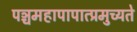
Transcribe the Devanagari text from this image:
पञ्चमहापापात्प्रमुच्यते